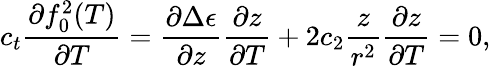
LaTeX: c_{t}\frac{\partial f_{0}^{2}(T)}{\partial T}=\frac{\partial\Delta\epsilon}{\partial z}\frac{\partial z}{\partial T}+2c_{2}\frac{z}{r^{2}}\frac{\partial z}{\partial T}=0,